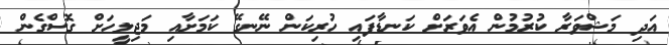
އަދި މަޝްވަރާ ކުރުމުން އެވަރަށް ކަނޑާފައި ހުރިކަން ނޭނގޭ ކަމަށާއި މަޖިލީހަށް ގޮސްގެން